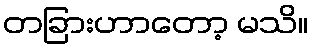
တခြားဟာတော့ မသိ။